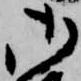
御